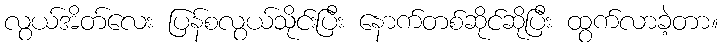
လွယ်အိတ်လေး ပြန်စလွယ်သိုင်းပြီး နောက်တစ်ဆိုင်ဆိုပြီး ထွက်လာခဲ့တာ။